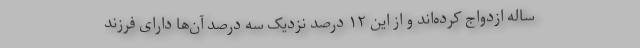
ساله ازدواج کرده‌اند و از این ۱۲ درصد نزدیک سه درصد آن‌ها دارای فرزند